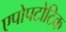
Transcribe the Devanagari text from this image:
एपोपटोटिक